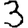
Digit: 3